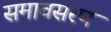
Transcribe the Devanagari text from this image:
समावसरण